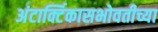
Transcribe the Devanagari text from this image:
अंटार्क्टिकासभोवतीच्या